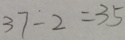
3 7 - 2 = 3 5